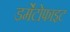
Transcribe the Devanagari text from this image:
डर्मेटोफाइट